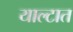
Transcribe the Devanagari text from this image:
याल्टात